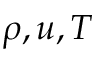
\rho , u , T